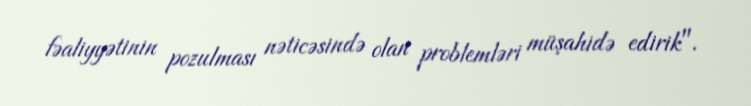
fəaliyyətinin pozulması nəticəsində olan problemləri müşahidə edirik".